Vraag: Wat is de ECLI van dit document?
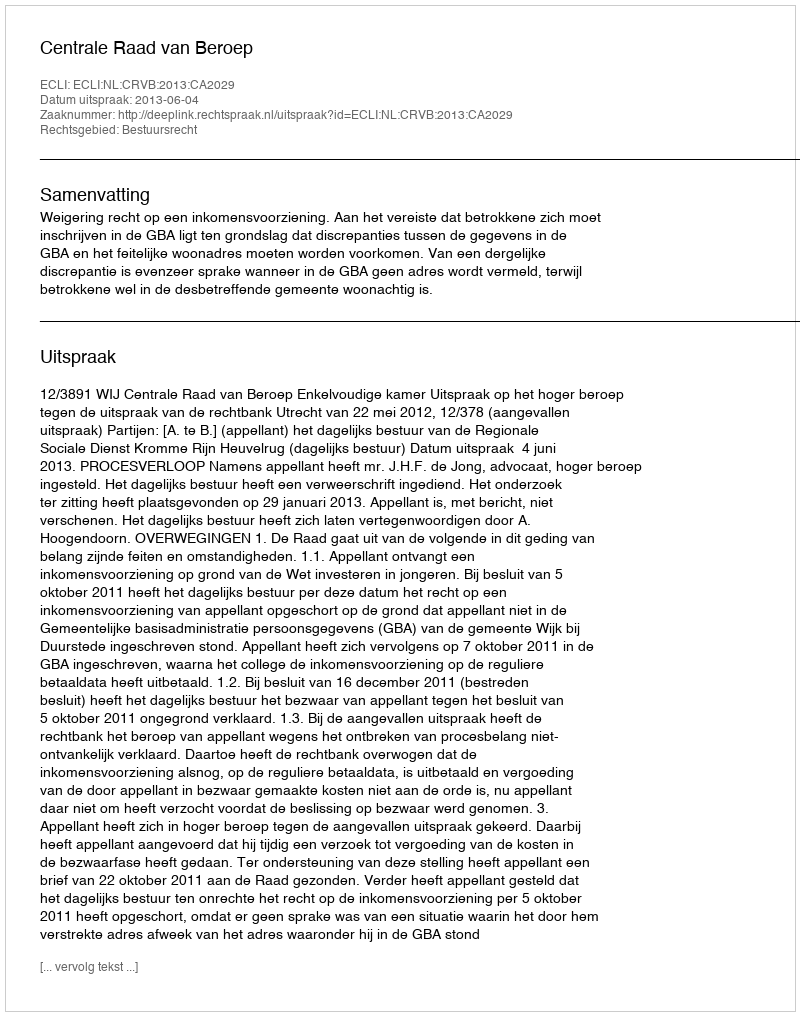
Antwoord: ECLI:NL:CRVB:2013:CA2029